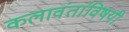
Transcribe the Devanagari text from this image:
कलावंतांविषयी